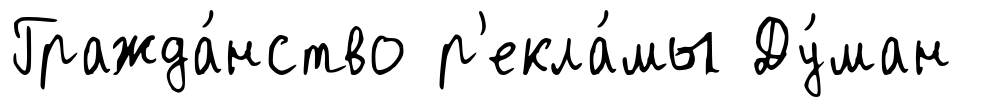
Гражда́нство р'екла́мы Ду́ман